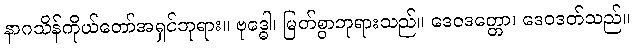
နာဂသိန်ကိုယ်တော်အရှင်ဘုရား။ ဗုဒ္ဓေါ၊ မြတ်စွာဘုရားသည်။ ဒေဝဒတ္တော၊ ဒေဝဒတ်သည်။